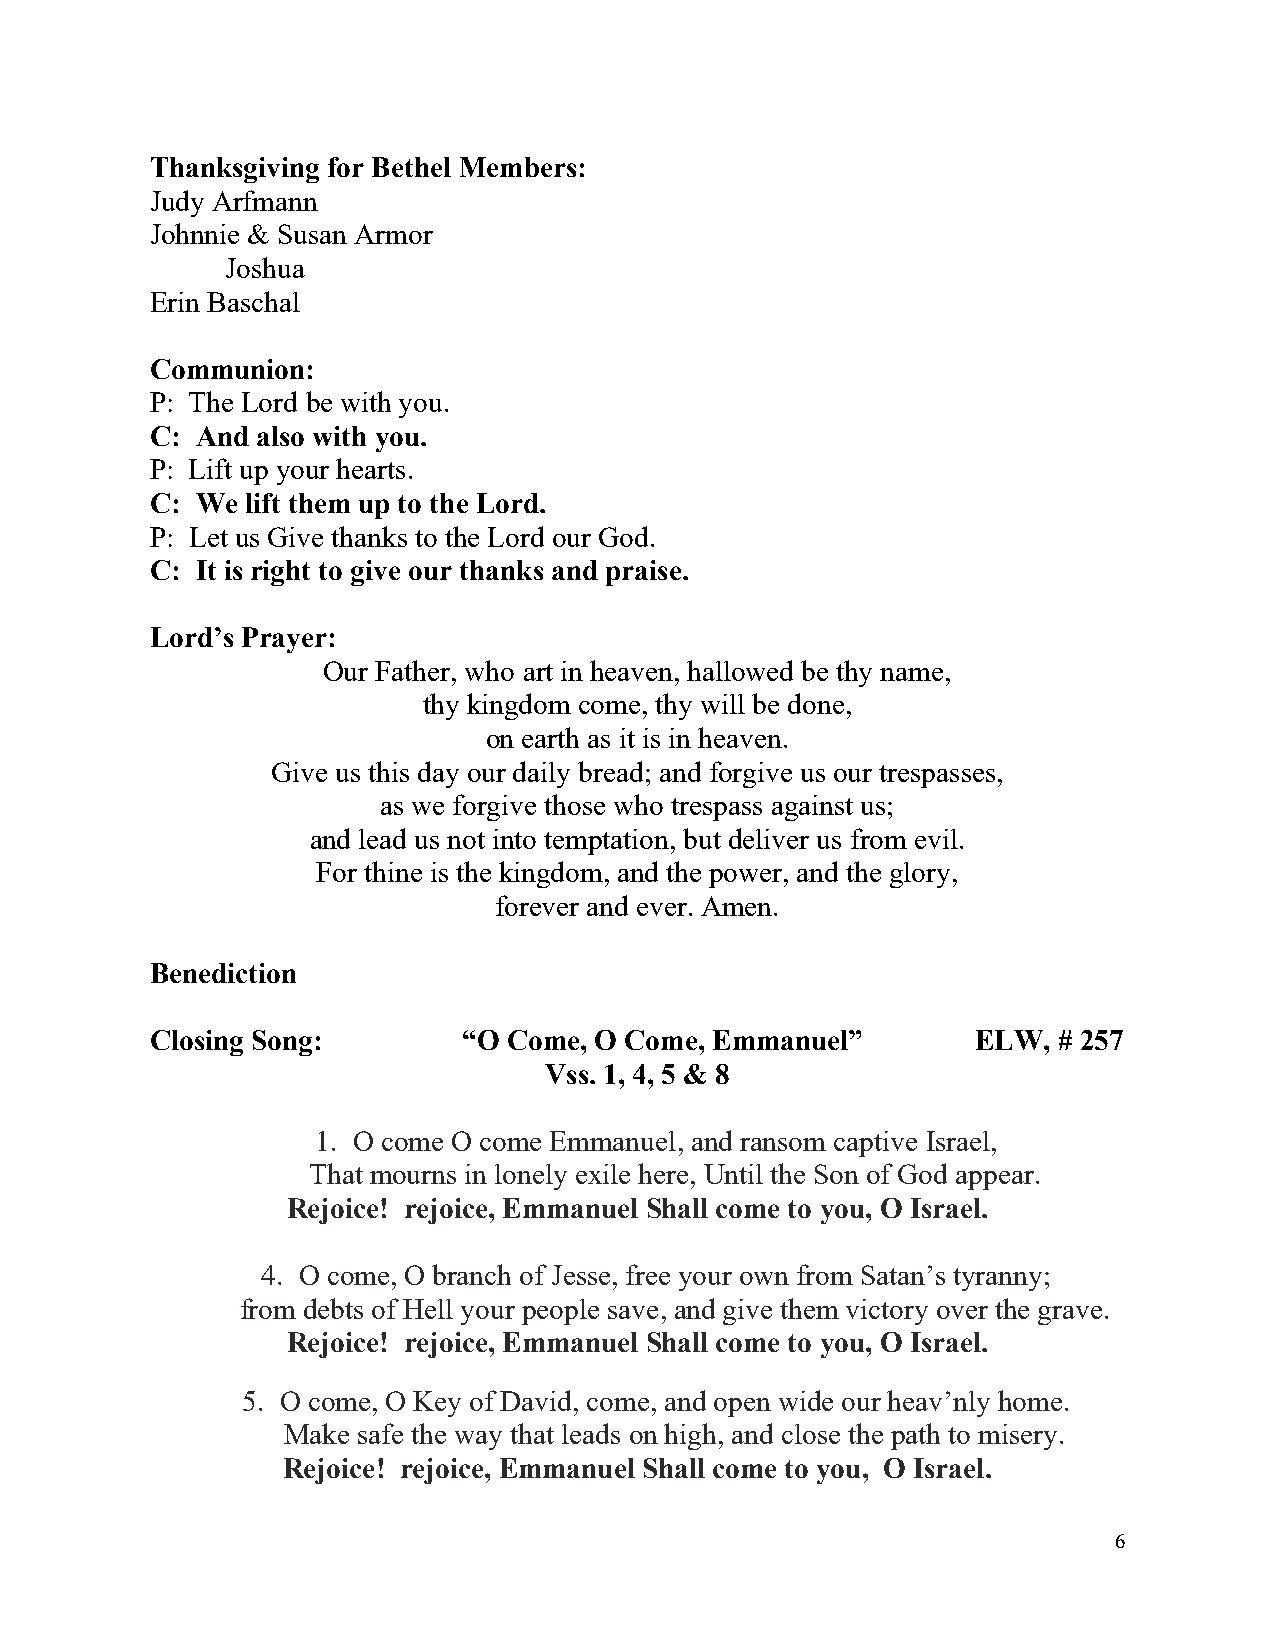
Thanksgiving for Bethel Members:
 Judy Arfmann
 Johnnie & Susan Armor
 Joshua
 Erin Baschal
 Communion:
 P: The Lord be with you.
 C: And also with you.
 P: Lift up your hearts.
 C: We lift them up to the Lord.
 P: Let us Give thanks to the Lord our God.
 C: It is right to give our thanks and praise.
 Lord’s Prayer:
 Our Father, who art in heaven, hallowed be thy name,
 thy kingdom come, thy will be done,
 on earth as it is in heaven.
 Give us this day our daily bread; and forgive us our trespasses,
 as we forgive those who trespass against us;
 and lead us not into temptation, but deliver us from evil.
 For thine is the kingdom, and the power, and the glory,
 forever and ever. Amen.
 Benediction
 Closing Song:        “O Come, O Come, Emmanuel”        ELW, # 257
 Vss. 1, 4, 5 & 8
 1. O come O come Emmanuel, and ransom captive Israel,
 That mourns in lonely exile here, Until the Son of God appear.
 Rejoice! rejoice, Emmanuel Shall come to you, O Israel.
 4. O come, O branch of Jesse, free your own from Satan’s tyranny;
 from debts of Hell your people save, and give them victory over the grave.
 Rejoice! rejoice, Emmanuel Shall come to you, O Israel.
 5. O come, O Key of David, come, and open wide our heav’nly home.
 Make safe the way that leads on high, and close the path to misery.
 Rejoice! rejoice, Emmanuel Shall come to you, O Israel.
 6